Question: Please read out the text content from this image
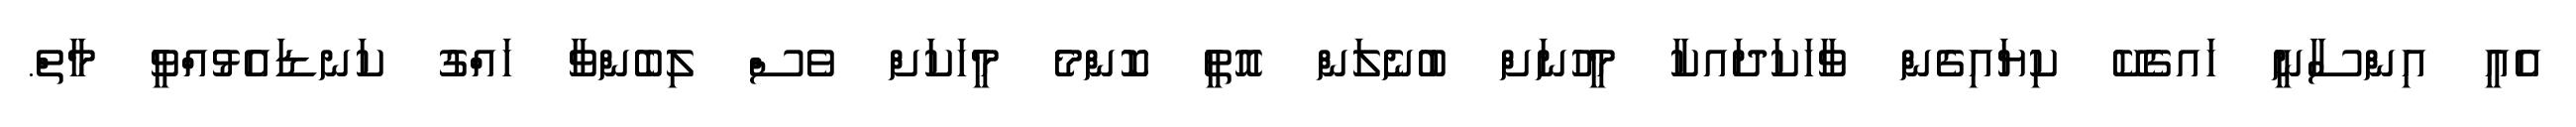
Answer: އެއީ އިންސާނީ ހައގެކޭ ކިޔައިގެން ވާހަކަދައކާ މީހުނަށް ބުނެލަން އޮތީ ކޮންމެ މީހަކަށް ވެސް ލިބެންވާ ހައްގު ކަނޑައެޅުއްވީ މާތް.